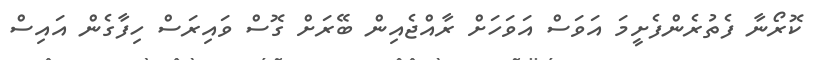
ކޮރޯނާ ފެތުރެންފެށީމަ އަވަސް އަވަހަށް ރާއްޖެއިން ބޭރަށް ގޮސް ވައިރަސް ހިފާގެން އައިސް